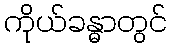
ကိုယ်ခန္ဓာတွင်